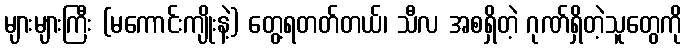
များများကြီး (မကောင်းကျိုးနဲ့) တွေ့ရတတ်တယ်၊ သီလ အစရှိတဲ့ ဂုဏ်ရှိတဲ့သူတွေကို